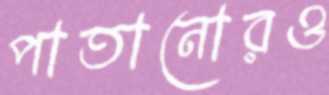
পাতানোরও